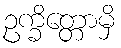
ဥက္ခိတ္တောမှိ